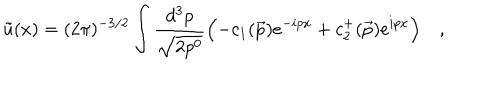
\tilde { u } ( x ) = ( 2 \pi ) ^ { - 3 / 2 } \int \frac { d ^ { 3 } p } { \sqrt { 2 p ^ { 0 } } } \Bigl ( - c _ { 1 } ( \vec { p } ) e ^ { - i p x } + c _ { 2 } ^ { + } ( \vec { p } ) e ^ { i p x } \Bigl ) \quad ,